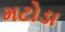
મટોડા